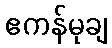
ဧကန်မုချ